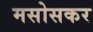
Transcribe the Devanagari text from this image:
मसोसकर